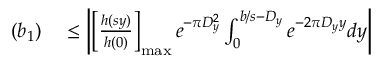
\begin{array} { r l } { ( b _ { 1 } ) } & { { } \leq \left| \left[ { \frac { h ( s y ) } { h ( 0 ) } } \right] _ { \operatorname* { m a x } } e ^ { - \pi D _ { y } ^ { 2 } } \int _ { 0 } ^ { b / s - D _ { y } } e ^ { - 2 \pi D _ { y } y } d y \right| } \end{array}